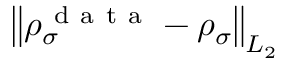
\left\lVert \rho _ { \sigma } ^ { \mathrm { ~ d ~ a ~ t ~ a ~ } } - \rho _ { \sigma } \right\rVert _ { L _ { 2 } }